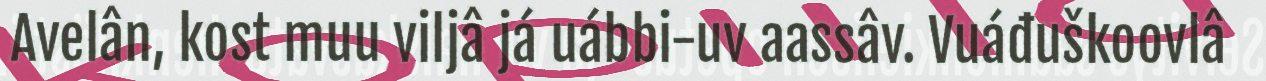
Avelân, kost muu viljâ já uábbi-uv aassâv. Vuáđuškoovlâ